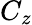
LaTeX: C_{z}